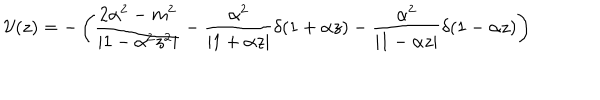
LaTeX: { \cal V } ( z ) = - \left( \frac { 2 \alpha ^ { 2 } - m ^ { 2 } } { | 1 - \alpha ^ { 2 } z ^ { 2 } | } - \frac { \alpha ^ { 2 } } { | 1 + \alpha z | } \delta ( 1 + \alpha z ) - \frac { \alpha ^ { 2 } } { | 1 - \alpha z | } \delta ( 1 - \alpha z ) \right)